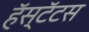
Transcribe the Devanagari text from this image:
हॅस्टॅटस